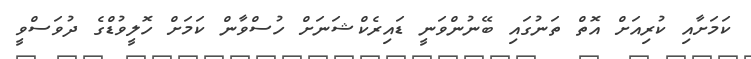
ކަމަށާއި ކުރިއަށް އޮތް ތަނުގައި ބޭނުންވަނީ ޑައިރެކްޝަނަށް ހުސްވާން ކަމަށް ހޮލީވުޑްގެ ދުވަސްވީ